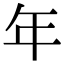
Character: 年